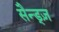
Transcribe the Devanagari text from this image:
सैन्ड्ज़